Report of the Imperial Institute of Veterinary Research, Muktesar
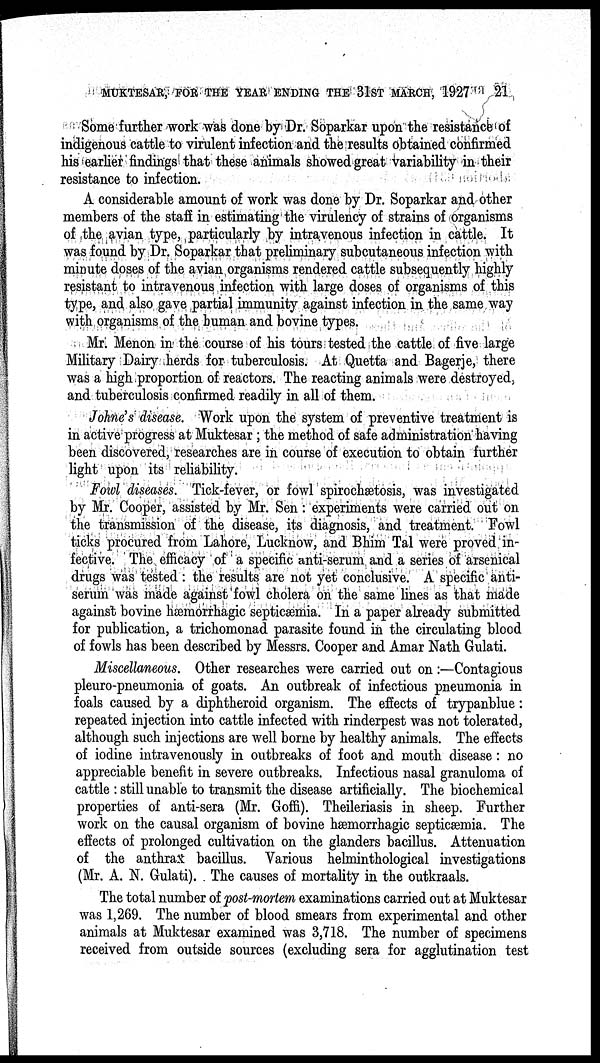
MUKTESAR, FOR THE YEAR ENDING THE 31ST MARCH, 1927
21
Some further work was done by Dr. Soparkar upon the resistance of
indigenous cattle to virulent infection and the results obtained confirmed
his earlier findings that these animals showed great variability in their
resistance to infection.
A considerable amount of work was done by Dr. Soparkar and other
members of the staff in estimating the virulency of strains of organisms
of the avian type, particularly by intravenous infection in cattle. It
was found by Dr. Soparkar that preliminary subcutaneous infection with
minute doses of the avian organisms rendered cattle subsequently highly
resistant to intravenous infection with large doses of organisms of this
type, and also gave partial immunity against infection in the same way
with organisms of the human and bovine types.
Mr. Menon in the course of his tours tested the cattle of five large
Military Dairy herds for tuberculosis. At Quetta and Bagerje, there
was a high proportion of reactors. The reacting animals were destroyed,
and tuberculosis confirmed readily in all of them.
Johne's disease. Work upon the system of preventive treatment is
in active progress at Muktesar; the method of safe administration having
been discovered, researches are in course of execution to obtain further
light upon its reliability.
Fowl diseases. Tick-fever, or fowl spirochætosis, was investigated
by Mr. Cooper, assisted by Mr. Sen: experiments were carried out on
the transmission of the disease, its diagnosis, and treatment. Fowl
ticks procured from Lahore, Lucknow, and Bhim Tal were proved in-
fective. The efficacy of a specific anti-serum and a series of arsenical
drugs was tested: the results are not yet conclusive. A specific anti-
serum was made against fowl cholera on the same lines as that made
against bovine hæmorrhagic septicæmia. In a paper already submitted
for publication, a trichomonad parasite found in the circulating blood
of fowls has been described by Messrs. Cooper and Amar Nath Gulati.
Miscellaneous. Other researches were carried out on:—Contagious
pleuro-pneumonia of goats. An outbreak of infectious pneumonia in
foals caused by a diphtheroid organism. The effects of trypanblue:
repeated injection into cattle infected with rinderpest was not tolerated,
although such injections are well borne by healthy animals. The effects
of iodine intravenously in outbreaks of foot and mouth disease: no
appreciable benefit in severe outbreaks. Infectious nasal granuloma of
cattle : still unable to transmit the disease artificially. The biochemical
properties of anti-sera (Mr. Goffi). Theileriasis in sheep. Further
work on the causal organism of bovine hæmorrhagic septicæmia. The
effects of prolonged cultivation on the glanders bacillus. Attenuation
of the anthrax bacillus. Various helminthological investigations
(Mr. A. N. Gulati). The causes of mortality in the outkraals.
The total number of post-mortem examinations carried out at Muktesar
was 1,269. The number of blood smears from experimental and other
animals at Muktesar examined was 3,718. The number of specimens
received from outside sources (excluding sera for agglutination test